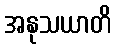
အနုသယာတိ